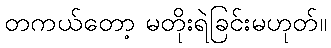
တကယ်တော့ မတိုးရဲခြင်းမဟုတ်။